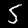
Digit: 5